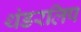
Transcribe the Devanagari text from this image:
थंडरलिप